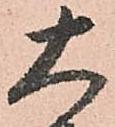
大